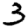
Digit: 3